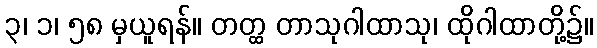
၃၊ ၁၊ ၅၈ မှယူရန်။ တတ္ထ တာသုဂါထာသု၊ ထိုဂါထာတို့၌။